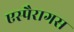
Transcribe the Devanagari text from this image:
एस्पैरागस